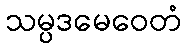
သမ္ပဒမေဝေတံ